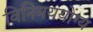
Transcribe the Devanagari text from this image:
विनिमययोग्य